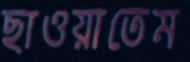
ছাওয়াতেম